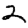
Digit: 2